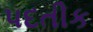
પદતીક